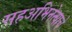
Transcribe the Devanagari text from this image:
सहअभिनेत्याचे